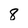
Character: 8